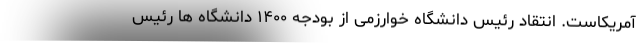
آمریکاست. انتقاد رئیس دانشگاه خوارزمی از بودجه ۱۴۰۰ دانشگاه ها رئیس